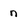
Character: n